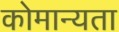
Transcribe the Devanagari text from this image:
कोमान्यता